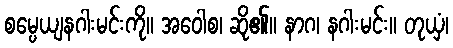
စမ္ပေယျနဂါးမင်းကို။ အဝေါစ၊ ဆို၏။ နာဂ၊ နဂါးမင်း။ တုယှံ၊